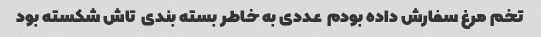
تخم مرغ سفارش داده بودم  عددی به خاطر بسته بندی  تاش شکسته بود